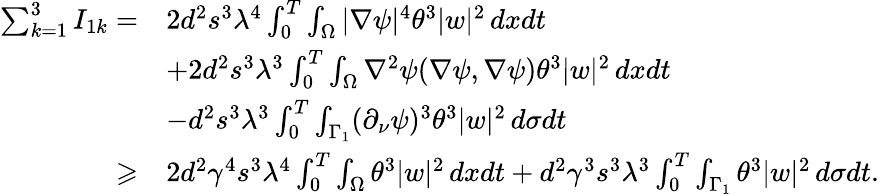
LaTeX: \begin{array}{rl}{\sum_{k=1}^{3}I_{1k}=}&{2d^{2}s^{3}\lambda^{4}\int_{0}^{T}\int_{\Omega}|\nabla\psi|^{4}\theta^{3}|w|^{2}\, dxdt}\\ &{+2d^{2}s^{3}\lambda^{3}\int_{0}^{T}\int_{\Omega}\nabla^{2}\psi(\nabla\psi,\nabla\psi)\theta^{3}|w|^{2}\, dxdt}\\ &{-d^{2}s^{3}\lambda^{3}\int_{0}^{T}\int_{\Gamma_{1}}(\partial_{\nu}\psi)^{3}\theta^{3}|w|^{2}\, d\sigma dt}\\ {\geqslant}&{2d^{2}\gamma^{4}s^{3}\lambda^{4}\int_{0}^{T}\int_{\Omega}\theta^{3}|w|^{2}\, dxdt+d^{2}\gamma^{3}s^{3}\lambda^{3}\int_{0}^{T}\int_{\Gamma_{1}}\theta^{3}|w|^{2}\, d\sigma dt.}\end{array}